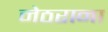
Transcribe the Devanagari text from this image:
नेठराना